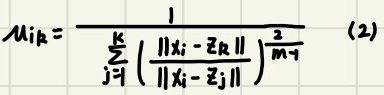
$u_{iR}=\frac{1}{\sum_{j = 1}^{K}(\frac{\left \lVert x_{i}-z_{R} \right \rVert}{\left \lVert x_{i}-z_{j} \right \rVert})^{\frac{2}{m - 1}}}\ \ (2)$